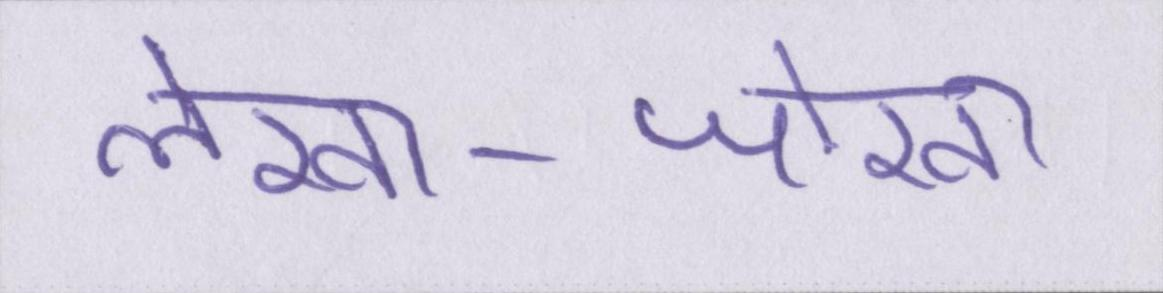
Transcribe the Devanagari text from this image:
लेखा-जोखा